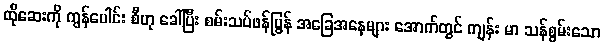
ထိုဆေးကို ကွန်ပေါင်း စီဟု ခေါ်ပြီး စမ်းသပ်ဖန်ပြွန် အခြေအနေများ အောက်တွင် ကျန်း မာ သန်စွမ်းသော